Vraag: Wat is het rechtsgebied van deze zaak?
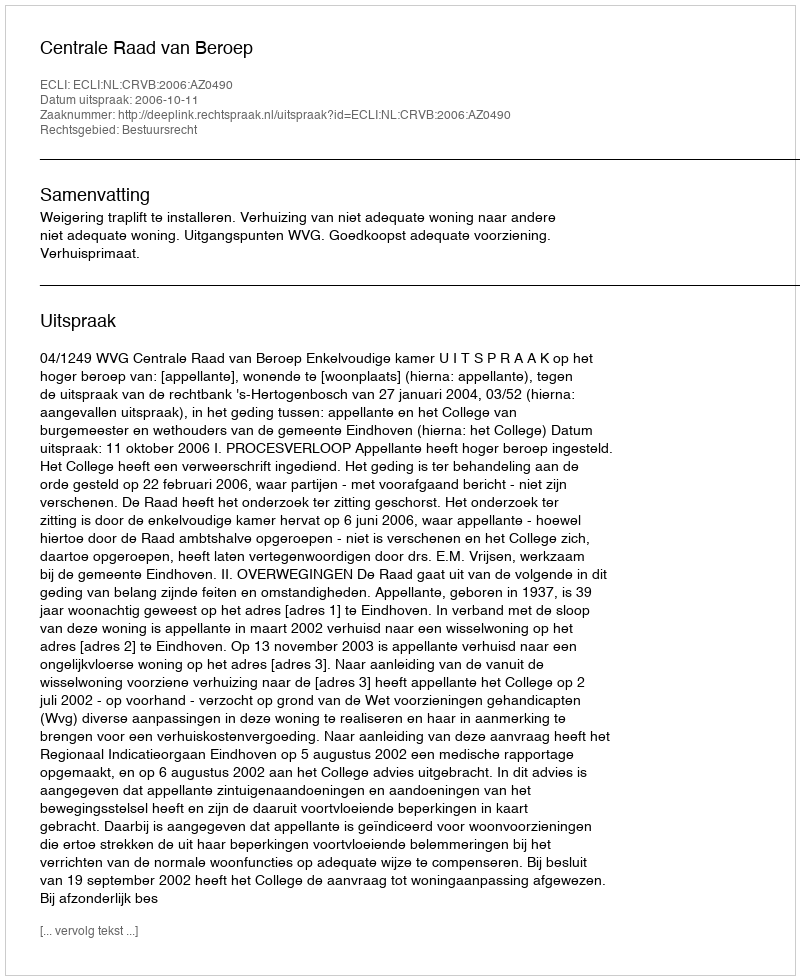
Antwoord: Bestuursrecht